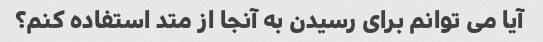
آیا می توانم برای رسیدن به آنجا از متد استفاده کنم؟